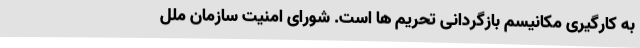
به کارگیری مکانیسم بازگردانی تحریم ها است. شورای امنیت سازمان ملل